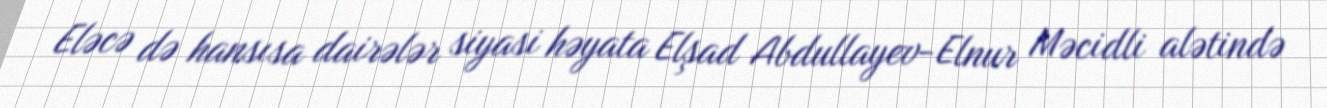
Eləcə də hansısa dairələr siyasi həyata Elşad Abdullayev-Elnur Məcidli alətində